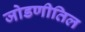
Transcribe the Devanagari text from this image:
जोडणीतिल